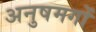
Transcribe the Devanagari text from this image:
अनुषमगों